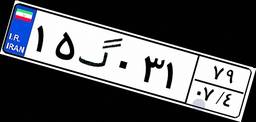
۱۵گ۰۳۱۷۹